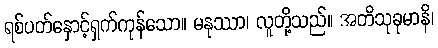
ရစ်ပတ်နှောင့်ရှက်ကုန်သော။ မနုဿာ၊ လူတို့သည်။ အတိသုခုမာနိ၊